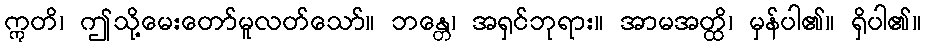
ဣတိ၊ ဤသို့မေးတော်မူလတ်သော်။ ဘန္တေ၊ အရှင်ဘုရား။ အာမအတ္ထိ၊ မှန်ပါ၏။ ရှိပါ၏။